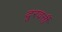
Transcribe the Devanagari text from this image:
दूरवर्त्ती